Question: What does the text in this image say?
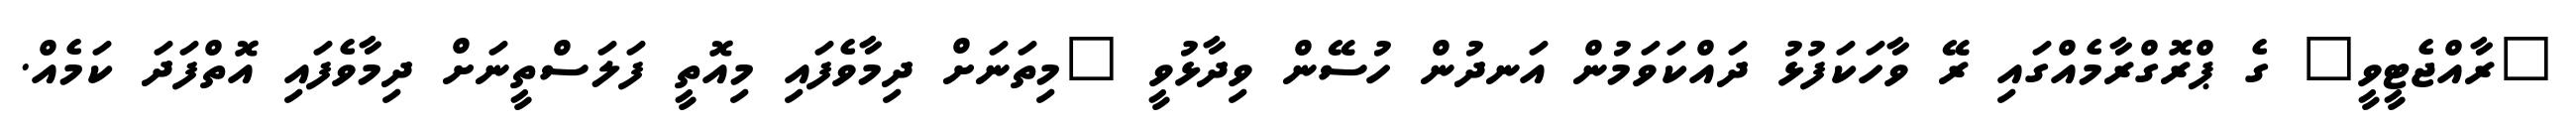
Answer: "ރާއްޖެޓީވީ" ގެ ޕްރޮގްރާމެއްގައި ރޭ ވާހަކަފުޅު ދައްކަވަމުން އަނދުން ހުސޭން ވިދާޅުވީ "މިތަނަށް ދިމާވެފައި މިއޮތީ ފަލަސްތީނަށް ދިމާވެފައި އޮތްފަދަ ކަމެއް.